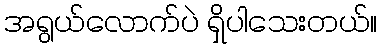
အရွယ်လောက်ပဲ ရှိပါသေးတယ်။